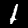
Digit: 1